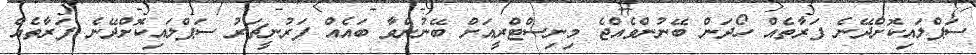
ސަޕްލައިކޮށްދޭނެ ފަރާތެއް ހޯދަން ބޭނުންވެއްޖެ މިނިސްޓްރީއަށް ބޭނުންވާ ބައެއް ފަރުނީޗަރު ސަޕްލައިކޮށްދޭނެ ފަރާތެއް